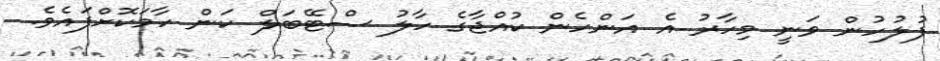
ފުލުހުން ވަނީ މިހާރު އެ އަންހެން ކުއްޖާގެ ހާލު ސްޓޭބަލް ކަން ހާމަކޮށްފައެވެ.